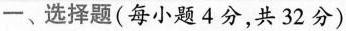
一、选择题(每小题4分，共32分)